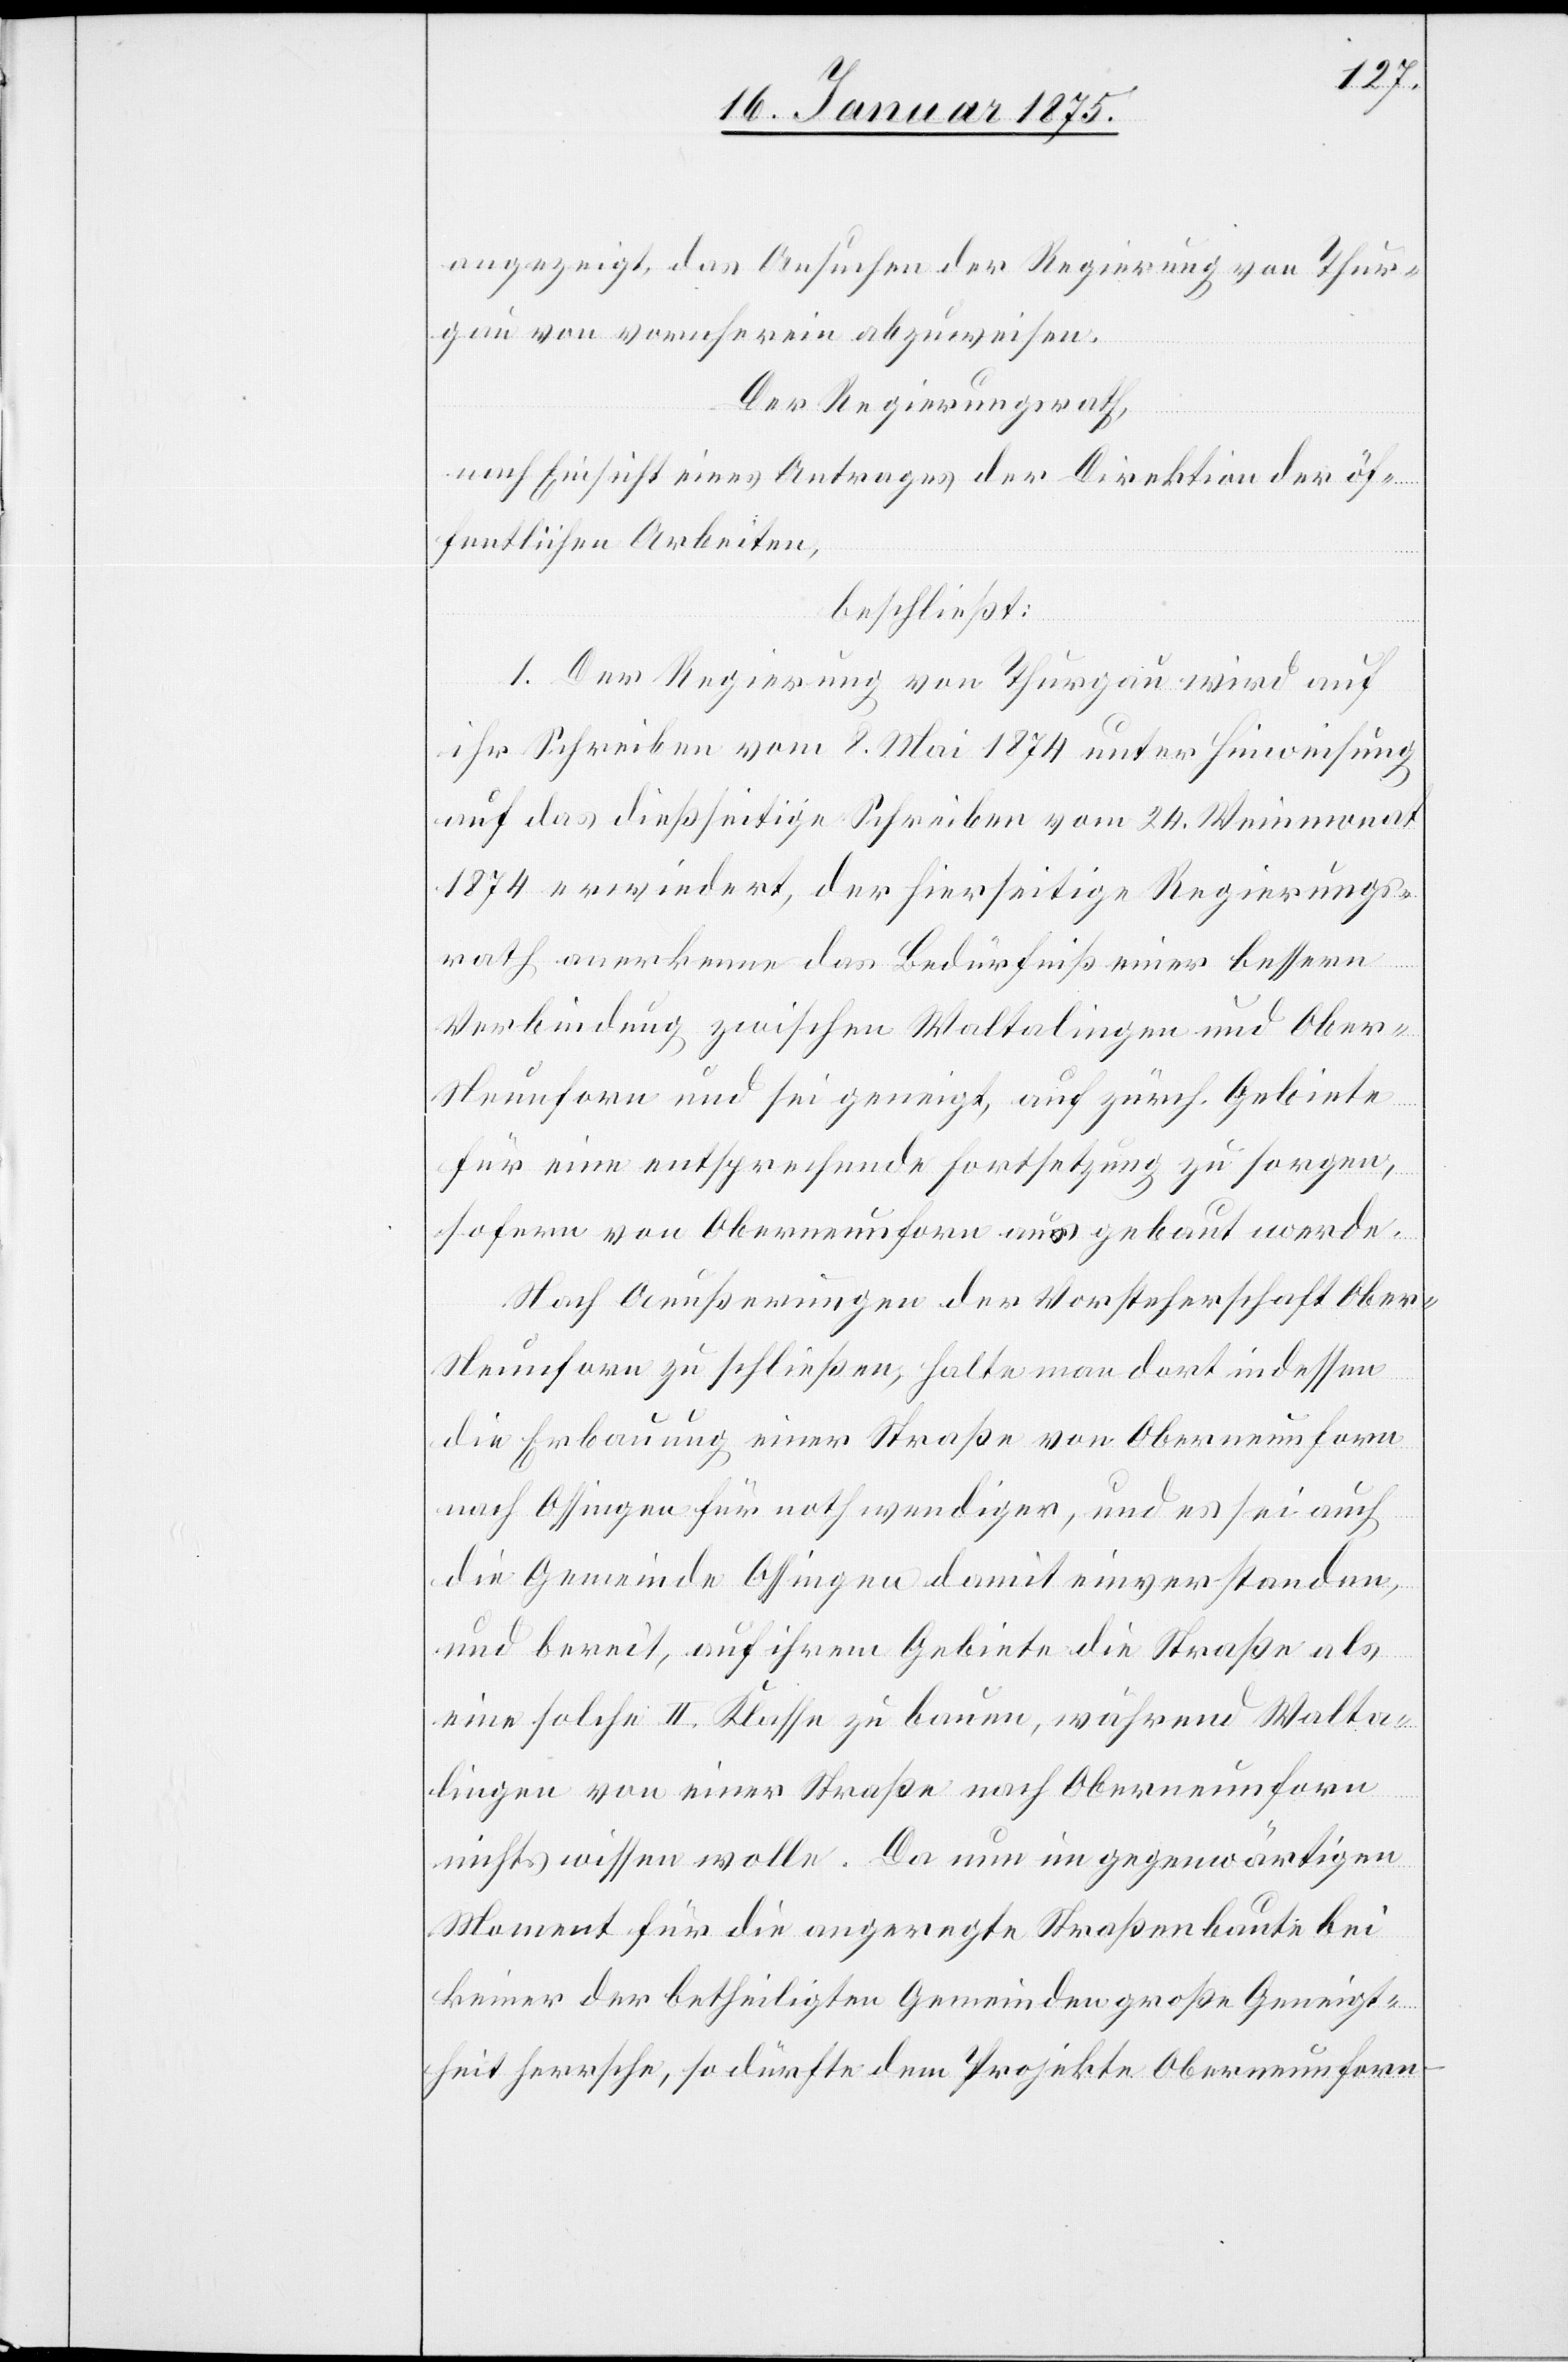
angezeigt, das Ansuchen der Regierung von Thur¬
gau von vornherein abzuweisen.
Der Regierungsrath,
nach Einsicht eines Antrages der Direktion der öf¬
fentlichen Arbeiten,
beschließt:
1. Der Regierung von Thurgau wird auf
ihr Schreiben vom 8. Mai 1874 unter Hinweisung
auf das dießseitige Schreiben vom 24. Weinmonat
1874 erwiedert, der hierseitige Regierungs¬
rath anerkenne das Bedürfniß einer bessern
Verbindung zwischen Waltalingen und Ober-N¬
eunforn und sei geneigt, auf zürch. Gebiete
für eine entsprechende Fortsetzung zu sorgen,
sofern von Oberneunforn aus gebaut werde.
Nach Aeußerungen der Vorsteherschaft Ober-N¬
eunforn zu schließen, halte man dort indessen
die Erbauung einer Straße von Oberneunforn
nach Ossingen für nothwendiger, und es sei auch
die Gemeinde Ossingen damit einverstanden,
und bereit, auf ihrem Gebiete die Straße als
eine solche II. Klasse zu bauen, während Walta¬
lingen von einer Straße nach Oberneunforn
nichts wissen wolle. Da nun im gegenwärtigen
Moment für die angeregte Straßenbaute bei
keiner der betheiligten Gemeinden große Geneigt¬
heit herrsche, so dürfte dem Projekte Oberneunforn-